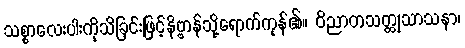
သစ္စာလေးပါးကိုသိခြင်းဖြင့်နိဗ္ဗာန်သို့ရောက်ကုန်၏။ ဝိညာတသတ္ထုသာသနာ၊